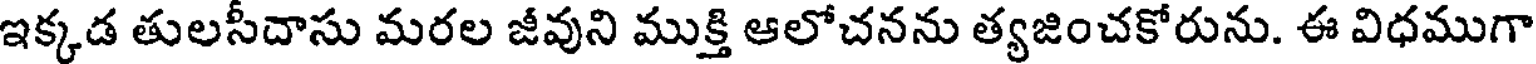
ఇక్కడ తులసీదాసు మరల జీవుని ముక్తి ఆలోచనను త్యజించకోరును. ఈ విధముగా